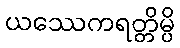
ယဿေကရတ္တိမ္ပိ